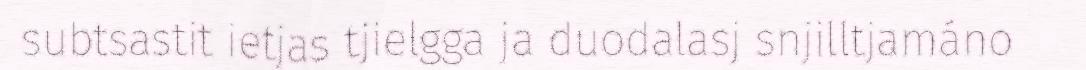
subtsastit ietjas tjielgga ja duodalasj snjilltjamáno